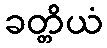
ခတ္တိယံ